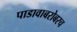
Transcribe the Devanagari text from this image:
पाडावाबरोबरच